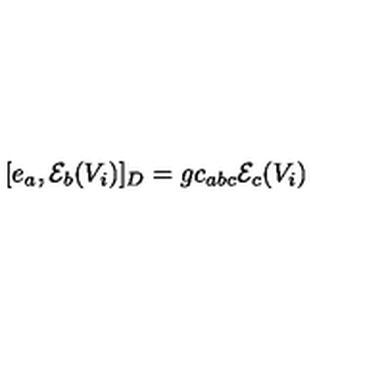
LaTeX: [ e _ { a } , { \cal E } _ { b } ( V _ { i } ) ] _ { D } = g c _ { a b c } { \cal E } _ { c } ( V _ { i } )